Scientific memoirs by medical officers of the Army of India - Part VI,
Year: 1891
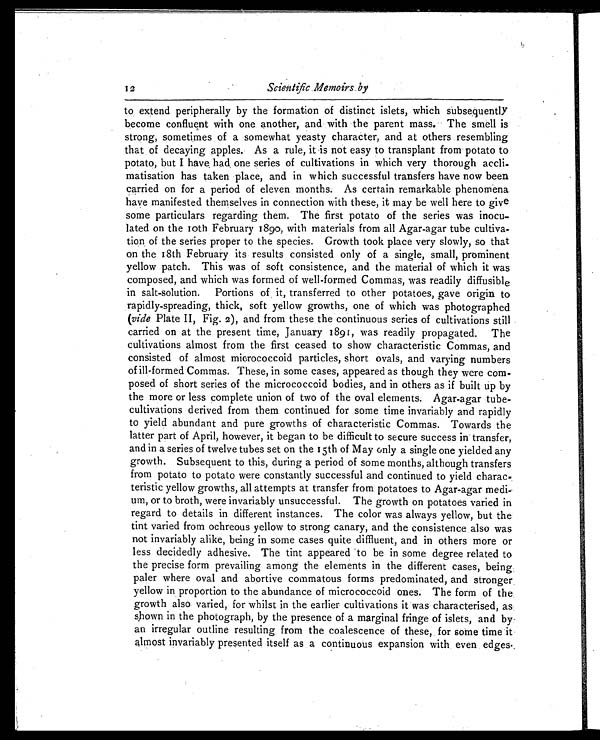
Scientific .Memoirs. by
to extend peripherally by the formation of distinct islets, which subsequently
become confluent with one another, and with the parent mass. The smell is
strong, sometimes of a somewhat yeasty character, and at others resembling
that of decaying apples. As a rule, it is not easy to transplant from potato to
potato, but I have. had. one series of cultivations in which very thorough accli-
matisation has taken place, and in which successful transfers have now been
carried on for a period of eleven months. As certain remarkable phenomena
have manifested themselves in connection with these, it may be well here to give
some particulars regarding them. The first potato of the series was inocu
- lated on the i oth February 189o, with materials from all Agar-agar tube cultiva-
- t i o n o f t h e s e r i e s p r o p e r t o t h e s p e c i e s . G r o w t h t o o k p l a c e v e r y s l o w l y , s o t h a t
on the 18th February its results consisted only of a single, small, prominent
yellow patch. This was of soft consistence, and the material of which it was
composed, and which was formed of well-formed Commas, was readily diffusible
in salt-solution. Portions of it, transferred to other potatoes, gave origin to
rapidly-spreading, thick, soft yellow growths, one of which was photographed
(vide Plate II, Fig. 2), and from these the continuous series of cultivations still
carried on at the present time, January 1891, was readily propagated. The
cultivations almost from the first ceased to show characteristic Commas, and
consisted of almost micrococcoid particles, short ovals, and varying numbers
of ill-formed Commas. These, in some cases, appeared as though they were com-
- posed of short series of the micrococcoid bodies, and in others as if built up by
the more or less complete union of two of the oval elements. Agar-agar tube-
cultivations derived from them continued for some time invariably and rapidly
to yield abundant and pure growths of characteristic Commas. Towards the
latter part of April, however, it began to be difficult to secure success in' transfer,
and in a series of twelve tubes set on the 15th of May only a single one yielded any
growth. Subsequent to this, during a period of some months, although transfers
from potato to potato were constantly successful and continued to yield charac
-teristic yellow growths, all attempts at transfer from potatoes to Agar-agar
m e d i - u m , o r t o b r o t h , w e r e i n v a r i a b l y u n s u c c e s s f u l . T h e g r o w t h o n p o t a t o e s v a r i e d i n
regard to details in different instances. The color was always yellow, but the
tint varied from ochreous yellow to strong canary, and the consistence also was
not invariably alike, being in some cases quite diffluent, and in others more or
less decidedly adhesive. The tint appeared to be in some degree related to
the precise form prevailing among the elements in the different cases, being
paler where oval and abortive commatous forms predominated, and stronger.
yellow in proportion to the abundance of micrococcoid ones. The form of the
growth also varied, for whilst in the earlier cultivations it was characterised, as
shown
in the photograph, by the presence of a marginal fringe of islets, and by-
an irregular outline resulting from the coalescence of these, for some time it
almost invariably presented itself as a continuous expansion with even edges.
1 2